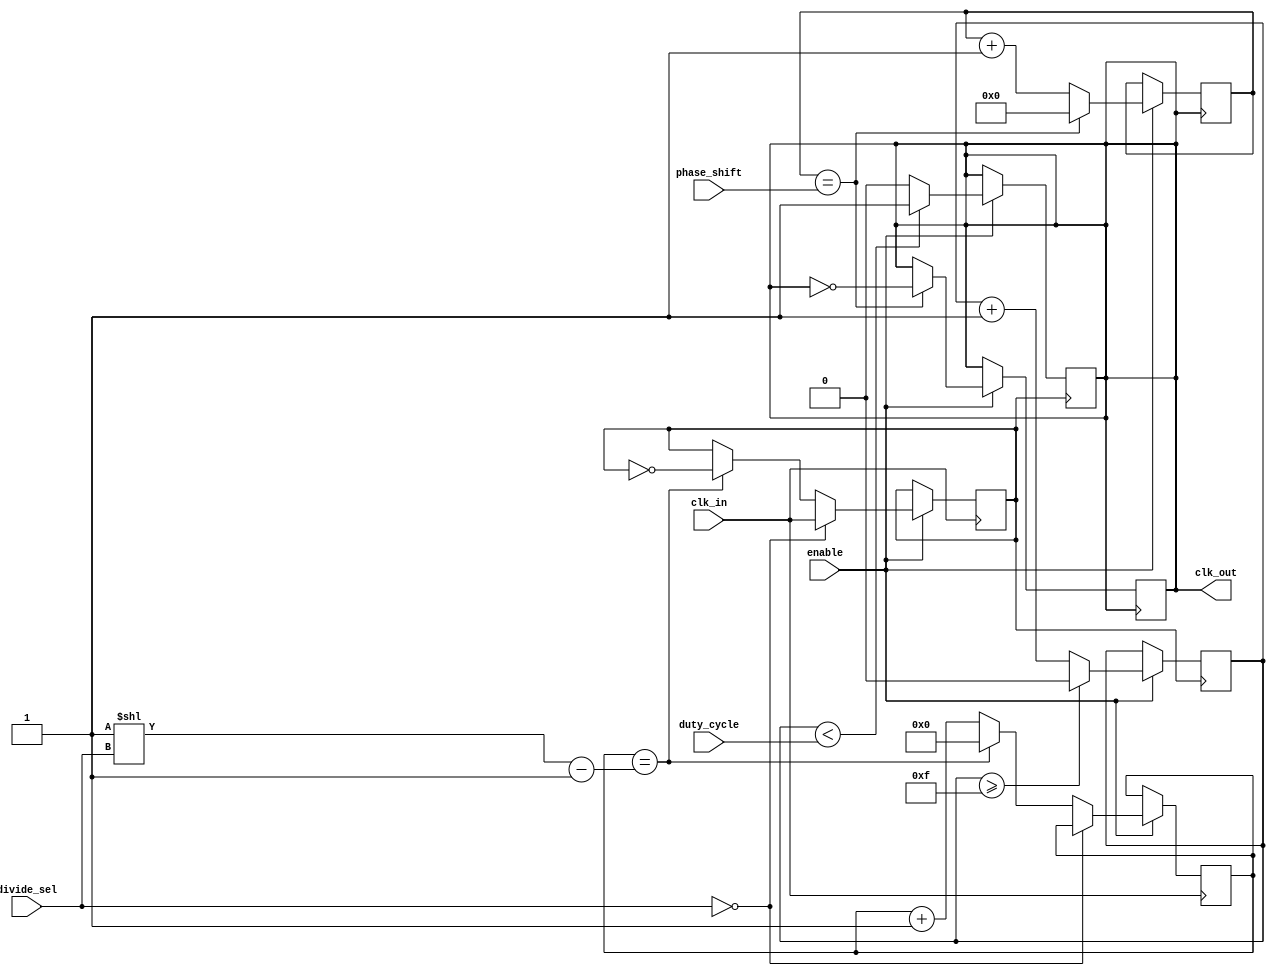
module programmable_clock_buffer (
    input wire clk_in,            // Primary clock input
    input wire enable,            // Enable signal
    input wire [3:0] divide_sel,  // Division factor selection (0 = no division)
    input wire [3:0] phase_shift, // Phase shift control in clock cycles
    input wire [3:0] duty_cycle,   // Duty cycle control (0-15, where 15 is 100%)
    output reg clk_out            // Programmable output clock signal
);

    reg [7:0] counter;            // Counter for clock division
    reg clk_div;                  // Divided clock signal
    reg [3:0] phase_counter;      // Counter for phase adjustment
    reg duty_counter;             // Counter for duty cycle modulation

    initial begin
        clk_out = 1'b0;
        counter = 8'd0;
        phase_counter = 4'd0;
        duty_counter = 1'b0;
    end

    // Clock Divider
    always @(posedge clk_in) begin
        if (enable) begin
            if (divide_sel == 4'b0000) begin
                clk_div <= clk_in;  // No division
            end else begin
                counter <= counter + 1;
                if (counter == (1 << divide_sel) - 1) begin
                    clk_div <= ~clk_div; // Toggle output
                    counter <= 8'd0;
                end
            end
        end
    end

    // Duty Cycle Modulation (simple example)
    always @(posedge clk_div) begin
        if (enable) begin
            if (duty_counter < duty_cycle) begin
                clk_out <= 1'b1; // Output high for duty cycle duration
            end else begin
                clk_out <= 1'b0; // Output low
            end
            
            duty_counter <= duty_counter + 1;
            if (duty_counter >= 15) // Reset after a complete cycle (for a 16-step duty cycle)
                duty_counter <= 1'b0;
        end
    end

    // Phase Shift Adjustment
    always @(posedge clk_out) begin
        if (enable) begin
            phase_counter <= phase_counter + 1;
            if (phase_counter == phase_shift) begin
                clk_out <= ~clk_out; // Apply phase shift by toggling output
                phase_counter <= 4'd0; // Reset phase counter
            end
        end
    end

endmodule